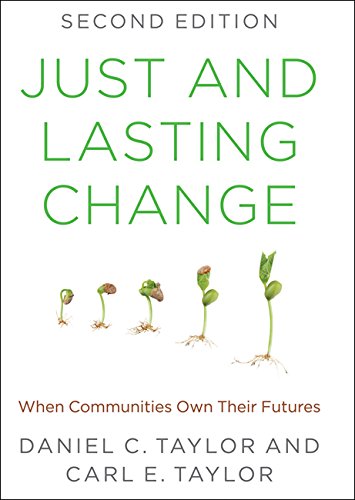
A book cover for Just and Lasting Change: When Communities Own Their Futures; Daniel C. Taylor; Medical Books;